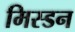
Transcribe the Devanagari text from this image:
मिस्डन